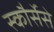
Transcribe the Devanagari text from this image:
स्कौर्सेसे